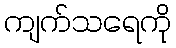
ကျက်သရေကို